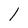
Character: 1